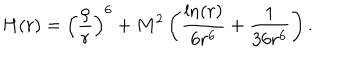
H ( r ) = \left( \frac { \rho } { r } \right) ^ { 6 } + M ^ { 2 } \left( \frac { \ln ( r ) } { 6 r ^ { 6 } } + \frac { 1 } { 3 6 r ^ { 6 } } \right) .